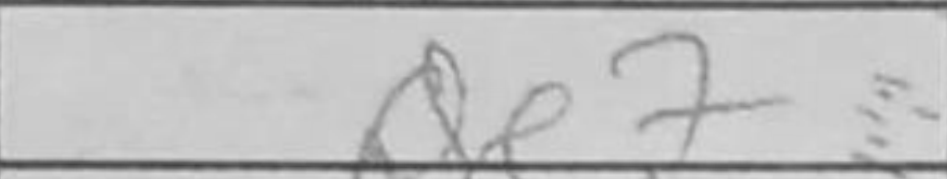
Transcription: Qe7